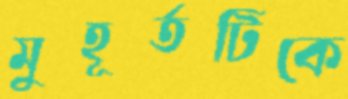
মুহূর্তটিকে